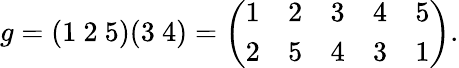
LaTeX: g=(1\ 2\ 5)(3\ 4)={\left(\begin{array}{lllll}{1}&{2}&{3}&{4}&{5}\\ {2}&{5}&{4}&{3}&{1}\end{array}\right)}.